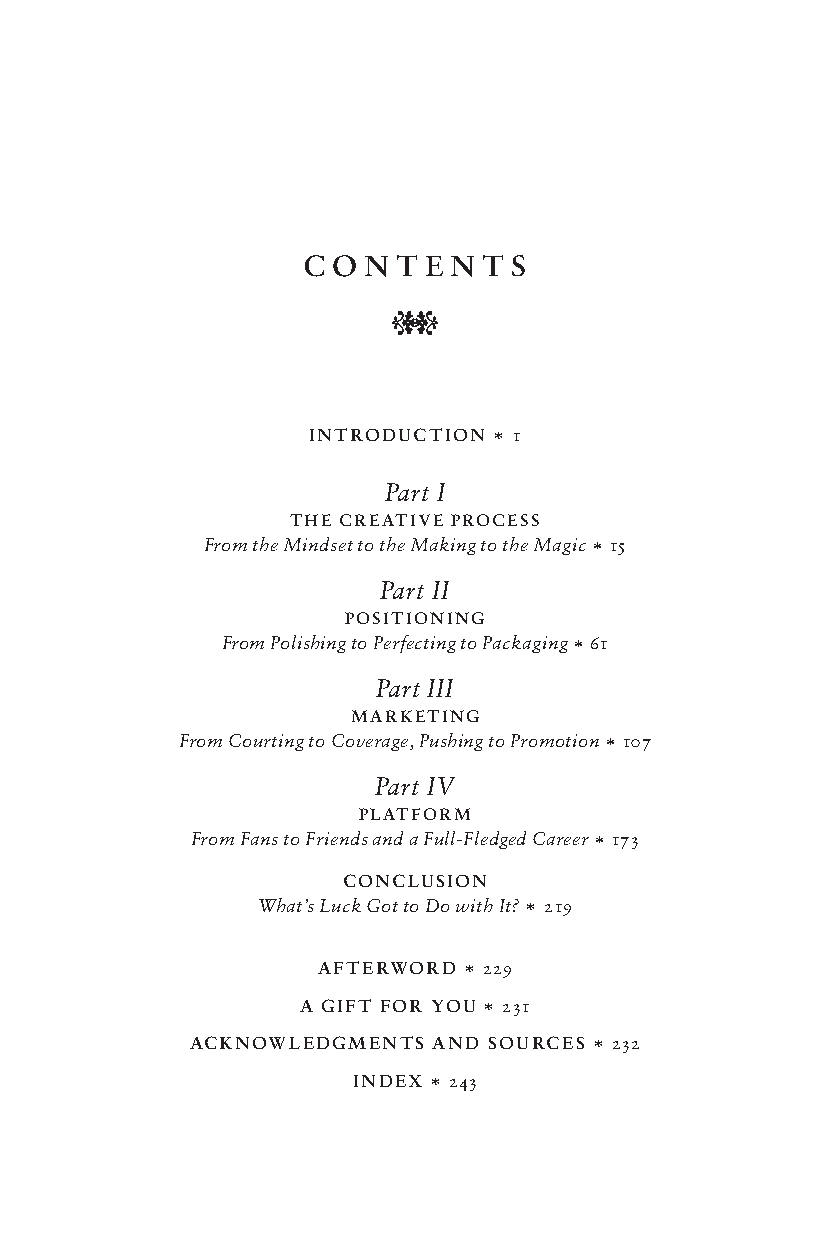
C ON  T E N T S
 Q q
 INTRODUCTION X 1
 Part I
 THE CREATIVE PROCESS
 From the Mindset to the Making to the Magic X 15
 Part II
 POSITIONING
 From Polishing to Perfecting to Packaging X 61
 Part III
 MARKETING
 From Courting to Coverage, Pushing to Promotion X 107
 Part IV
 PLATFORM
 From Fans to Friends and a Full-Fledged Career X 173
 CONCLUSION
 What’s Luck Got to Do with It? X 219
 AFTERWORD X 229
 A GIFT FOR YOU X 231
 ACKNOWLEDGMENTS  AND SOURCES X 232
 INDEX X 243
 24364 9780143109013_PerennialSel.indd 7 24364      5/30/17 1:01 PM